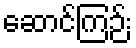
ဆောင်ကြဉ်း